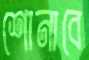
শোনাবে